Civil Veterinary Dept. North-West Frontier Province 1933-46 - 1933-1946
Year: 1933
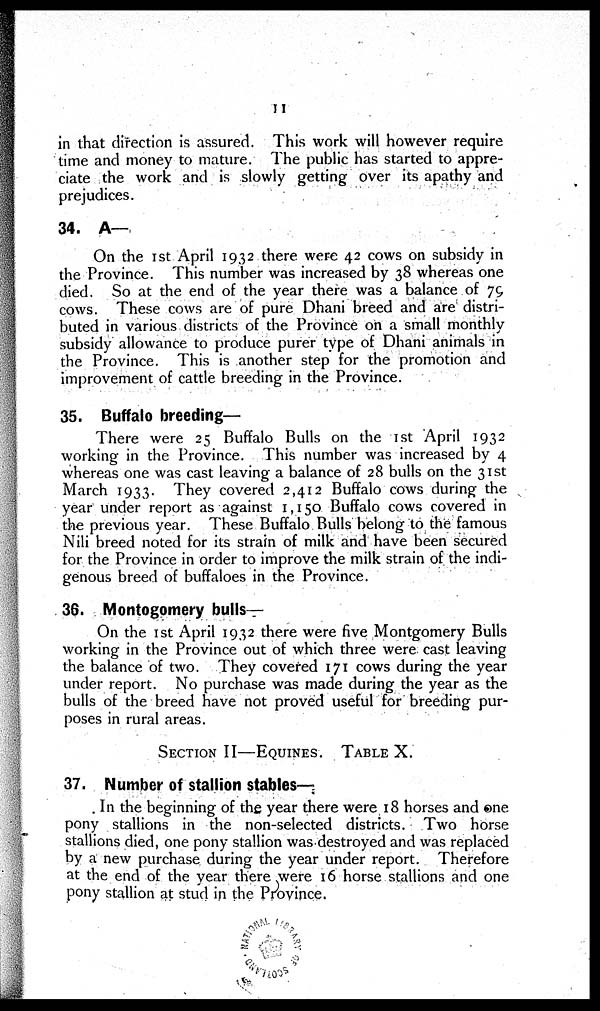
11
in that direction is assured. This work will however require
time and money to mature. The public has started to appre-
ciate the work and is slowly getting over its apathy and
prejudices.
34. A—
On the 1st April 1932 there were 42 cows on subsidy in
the Province. This number was increased by 38 whereas one
died. So at the end of the year there was a balance of 79
cows. These cows are of pure Dhani breed and are distri-
buted in various districts of the Province on a small monthly
subsidy allowance to produce purer type of Dhani animals in
the Province. This is another step for the promotion and
improvement of cattle breeding in the Province.
35. Buffalo breeding—
There were 25 Buffalo Bulls on the 1st April 1932
working in the Province. This number was increased by 4
whereas one was cast leaving a balance of 28 bulls on the 31st
March 1933. They covered 2,412 Buffalo cows during the
year under report as against 1,150 Buffalo cows covered in
the previous year. These Buffalo Bulls belong to the famous
Nili breed noted for its strain of milk and have been secured
for the Province in order to improve the milk strain of the indi-
genous breed of buffaloes in the Province.
36. Montogomery bulls—
On the 1st April 1932 there were five Montgomery Bulls
working in the Province out of which three were cast leaving
the balance of two. They covered 171 cows during the year
under report. No purchase was made during the year as the
bulls of the breed have not proved useful for breeding pur-
poses in rural areas.
SECTION II—EQUINES. TABLE X.
37. Number of stallion stables—
In the beginning of the year there were 18 horses and one
pony stallions in the non-selected districts. Two horse
stallions died, one pony stallion was destroyed and was replaced
by a new purchase during the year under report. Therefore
at the end of the year there were 16 horse stallions and one
pony stallion at stud in the Province.